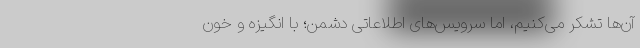
آن‌ها تشکر می‌کنیم، اما سرویس‌های اطلاعاتی دشمن؛ با انگیزه و خون